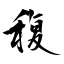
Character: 稪